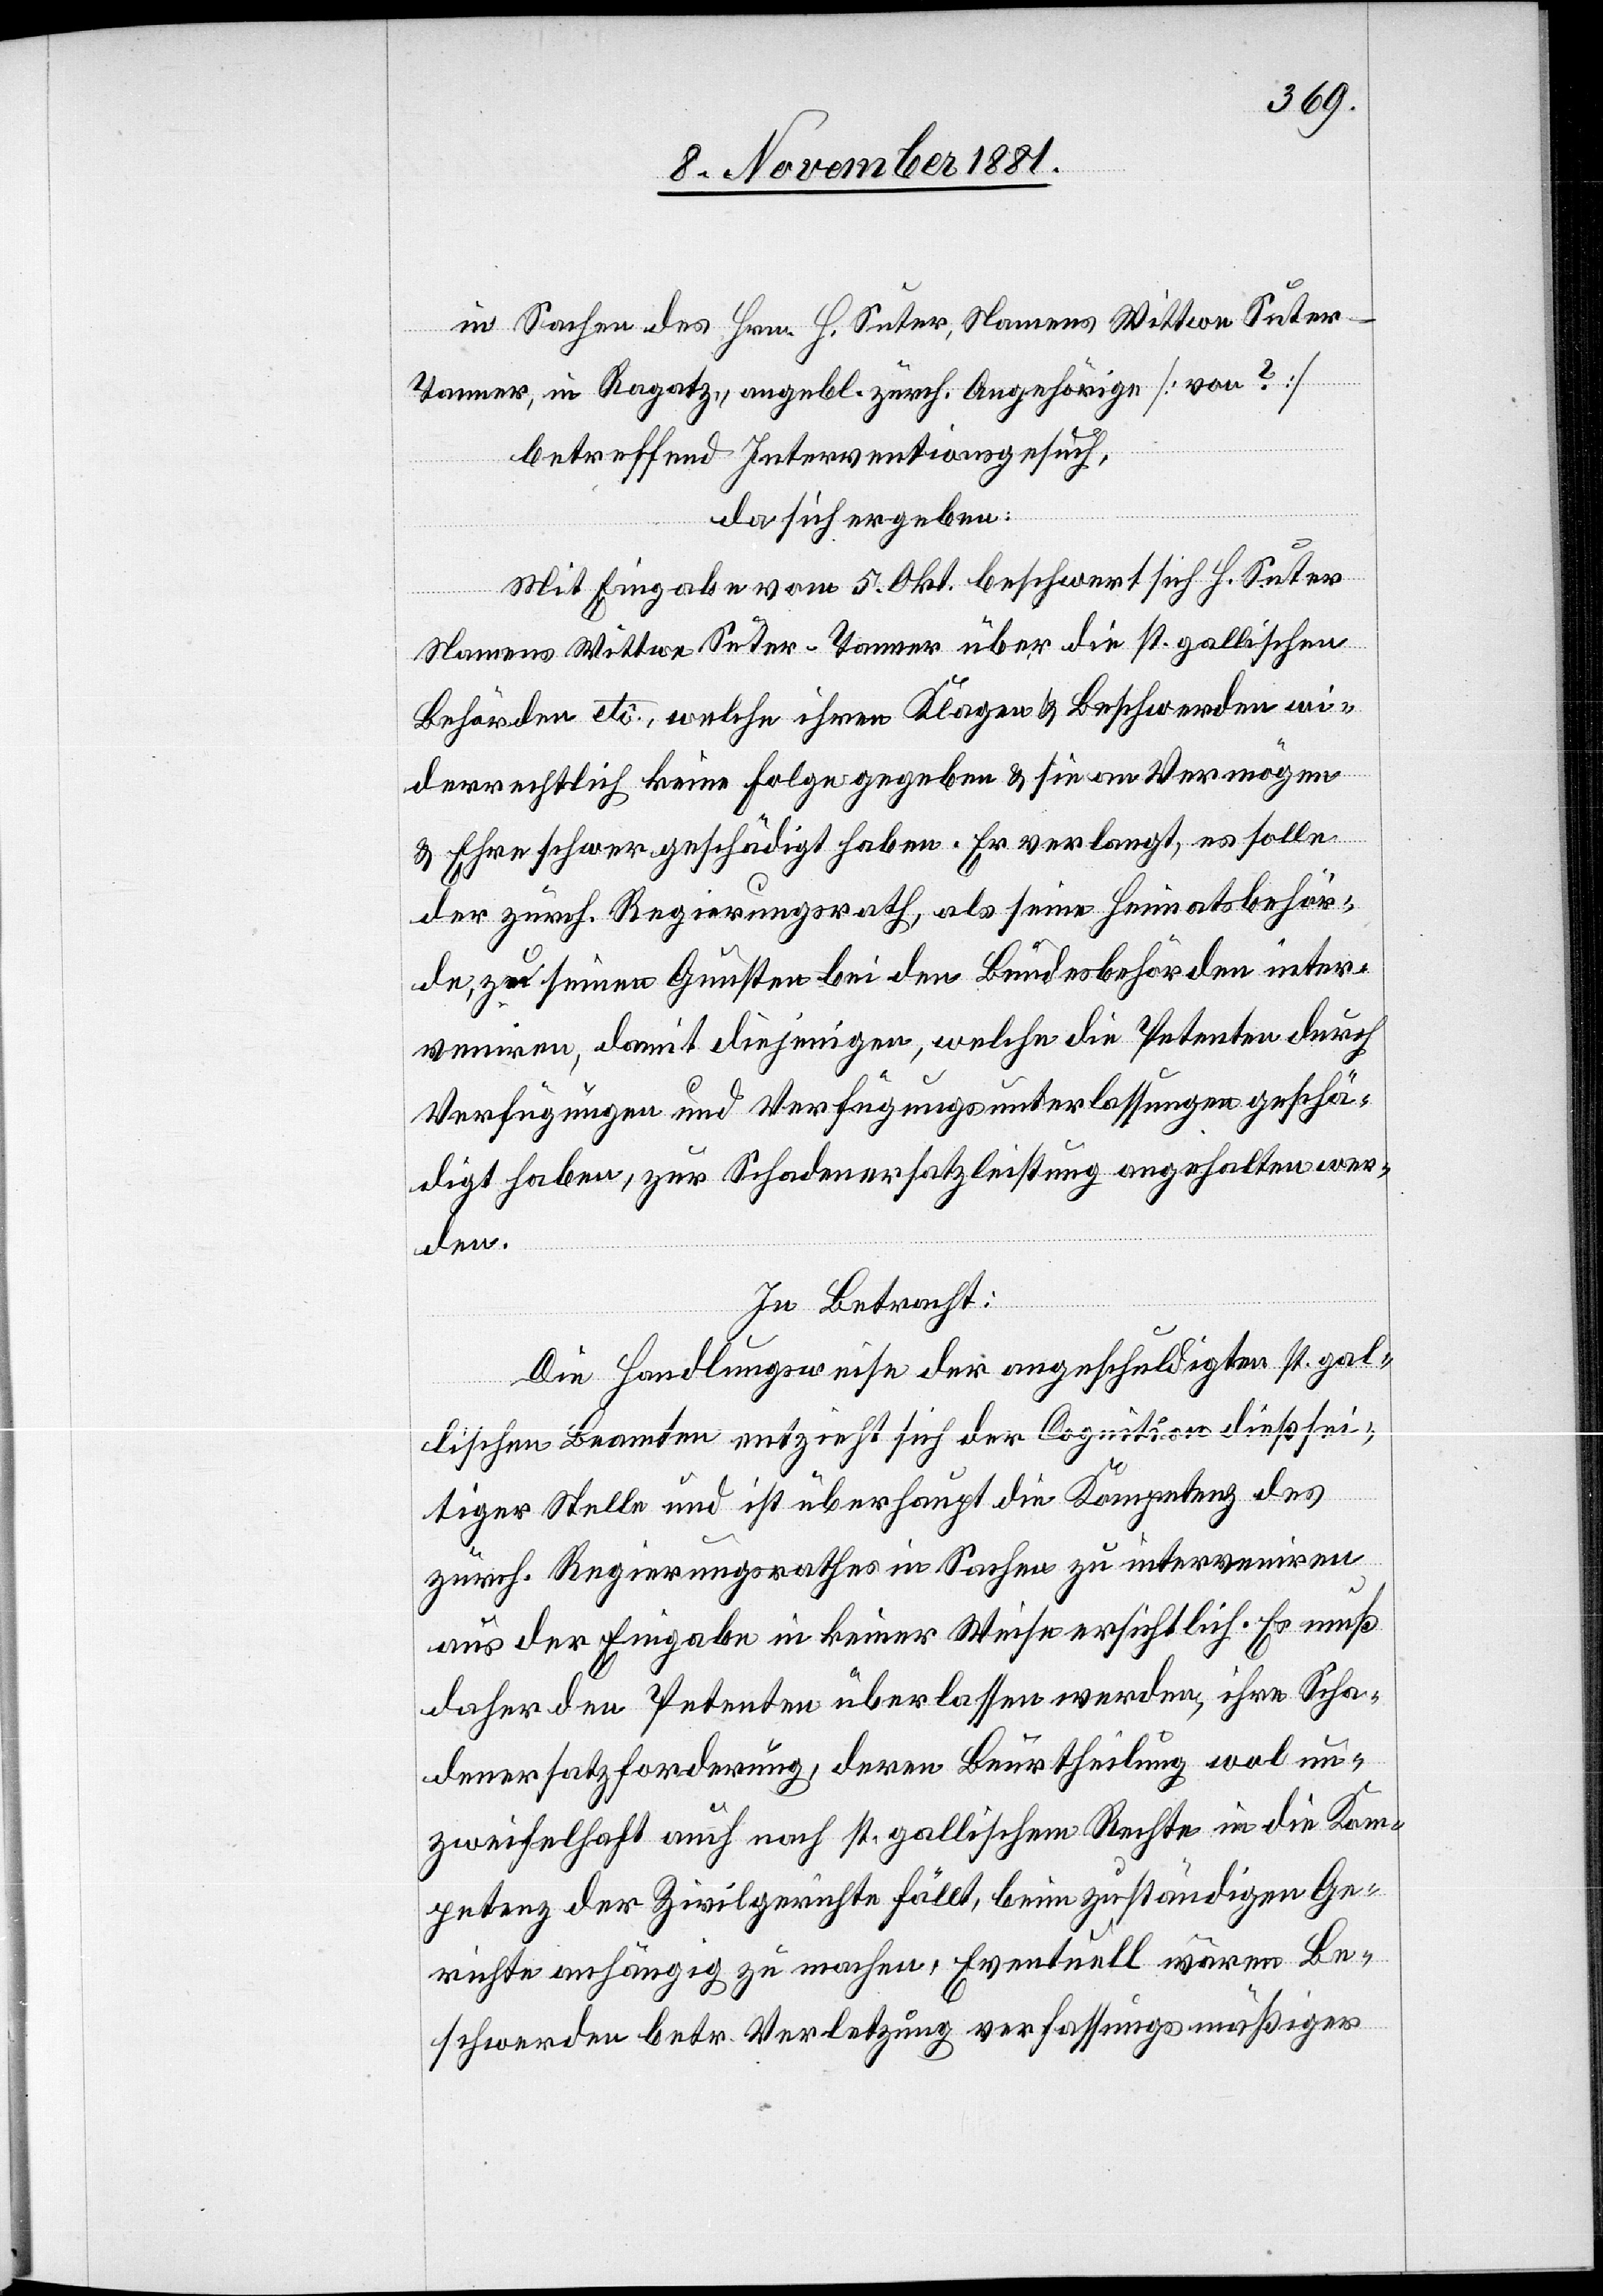
in Sachen des Hrn. H. Suter, Namens Wittwe Suter-T¬
anner, in Ragatz, angebl. zürch. Angehörige [von ?]
betreffend Interventionsgesuch,
da sich ergeben:
Mit Eingabe vom 5. Okt. beschwert sich H. Suter
Namens Wittwe Suter-Tanner über die st. gallischen
Behörden etc., welche ihren Klagen & Beschwerden wie¬
derrechtlich keine Folge gegeben & sie an Vermögen
& Ehre schwer geschädigt haben. Er verlangt, es solle
der zürch. Regierungsrath, als seine Heimatsbehör¬
de, zu seinen Gunsten bei den Bundesbehörden inter¬
veniren, damit diejenigen, welche die Petenten durch
Verfügungen und Verfügungsunterlassungen geschä¬
digt haben, zur Schadenersatzleistung angehalten wer¬
den.
In Betracht:
Die Handlungsweise der angeschuldigten st. gal¬
lischen Beamten entzieht sich der Cognition dießsei¬
tiger Stelle und ist überhaupt die Kompetenz des
zürch. Regierungsrathes in Sachen zu interveniren
aus der Eingabe in keiner Weise ersichtlich. Es muß
daher den Petenten überlassen werden, ihre Scha¬
denersatzforderung, deren Beurtheilung wol un¬
zweifelhaft auch nach st. gallischem Rechte in die Kom¬
petenz der Zivilgerichte fällt, beim zuständigen Ge¬
richte anhängig zu machen. Eventuell wären Be¬
schwerden betr. Verletzung verfassungsmäßiger